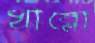
খাব্‌লো